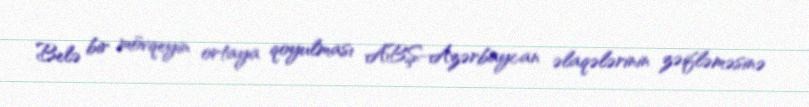
Belə bir mövqeyin ortaya qoyulması ABŞ-Azərbaycan əlaqələrinin zəifləməsinə